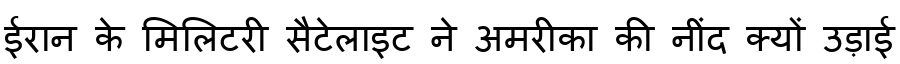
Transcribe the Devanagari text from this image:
ईरान के मिलिटरी सैटेलाइट ने अमरीका की नींद क्यों उड़ाई